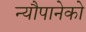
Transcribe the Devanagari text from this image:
न्यौपानेको